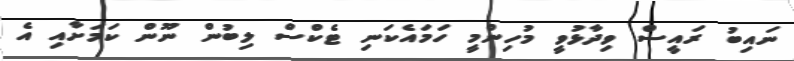
ނައިބު ރައީސް ވިދާޅުވީ މުހިންމީ ހަމައެކަނި ޓެކްސް ލިބުން ނޫން ކަމަށާއި އެ